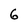
Character: 6